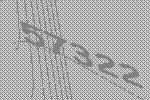
57322